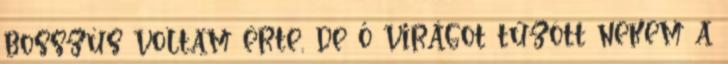
bosszús voltam érte, de ő virágot tűzött nekem a